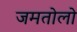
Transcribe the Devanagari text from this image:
जमतोलो